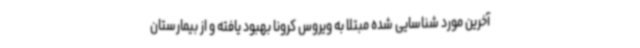
آخرین مورد شناسایی شده مبتلا به ویروس کرونا بهبود یافته و از بیمارستان